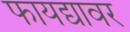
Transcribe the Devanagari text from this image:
फायद्यावर